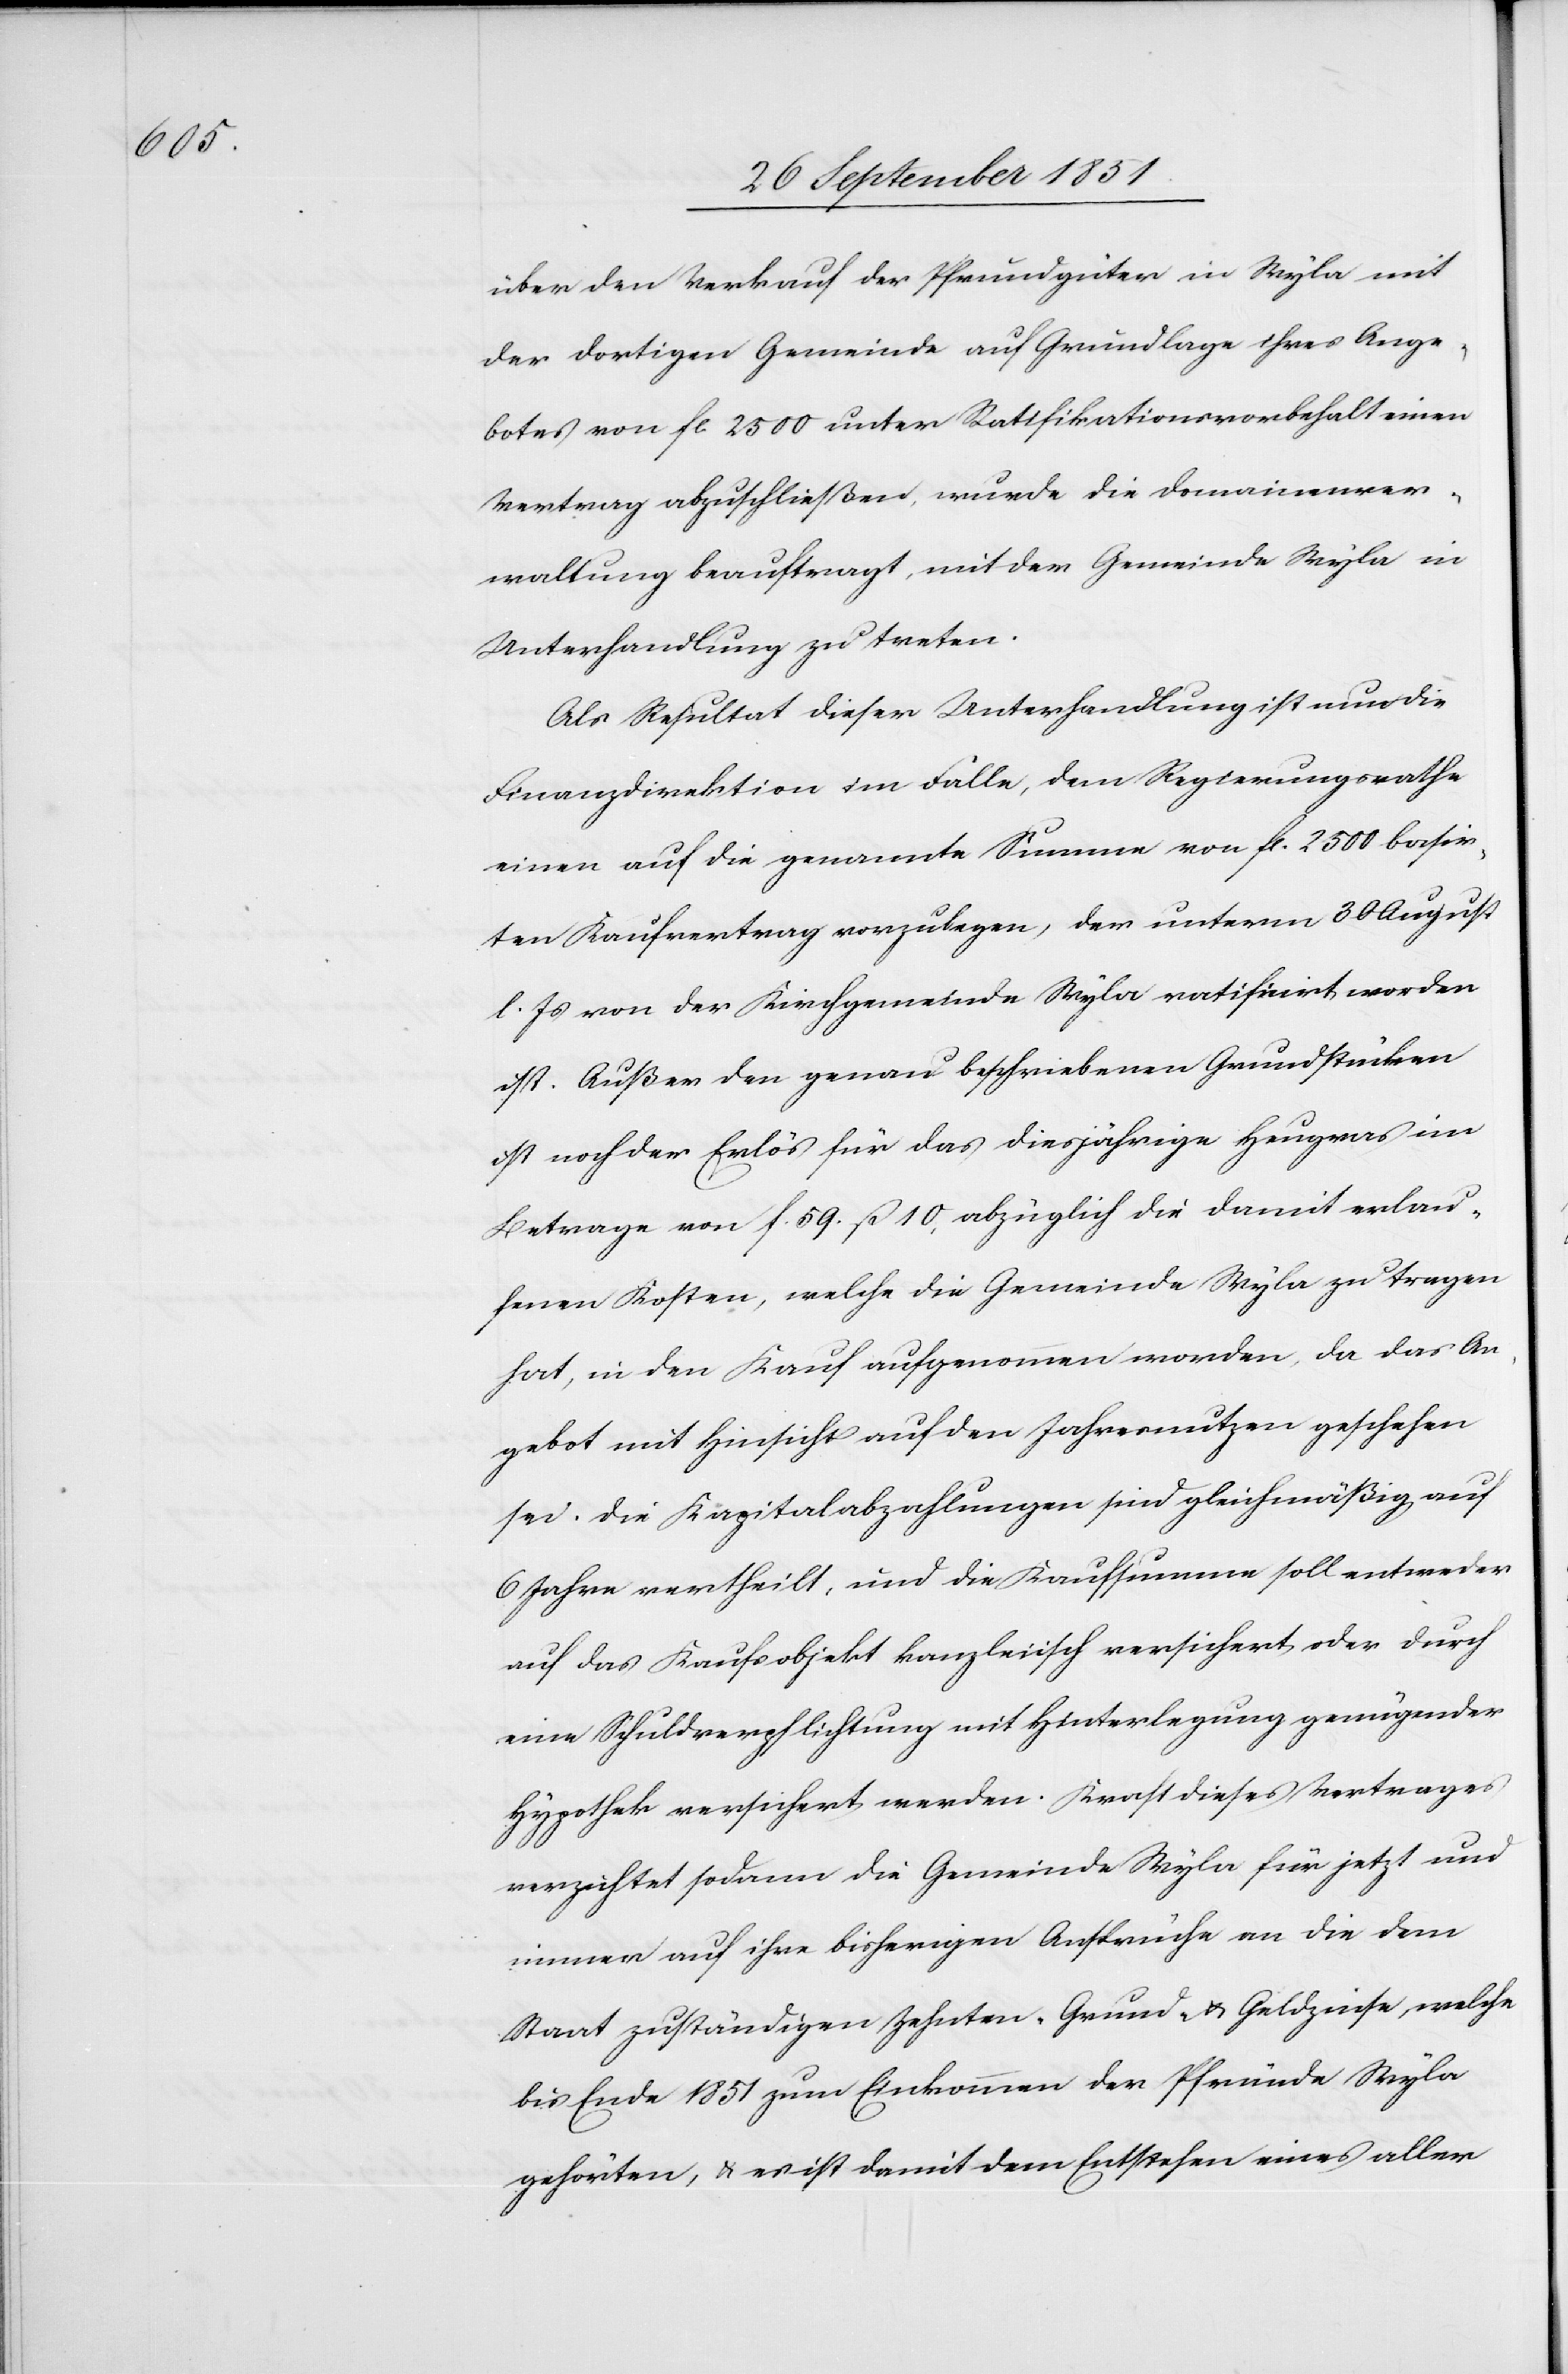
über den Verkauf der Pfrundgüter in Wyla mit
der dortigen Gemeinde auf Grundlage ihres Ange¬
botes von fl. 2500 unter Ratifikationsvorbehalt einen
Vertrag abzuschließen, wurde die Domainenver¬
waltung beauftragt, mit der Gemeinde Wyla in
Unterhandlung zu treten.
Als Resultat dieser Unterhandlung ist nun die
Finanzdirektion im Falle, dem Regierungsrathe
einen auf die genannte Summe von fl. 2500 basir¬
ten Kaufvertrag vorzulegen, der unterm 30 August
l. Js von der Kirchgemeinde Wyla ratificirt worden
ist. Außer den genau beschriebenen Grundstücken
ist noch der Erlös für das diesjährige Heugras im
Betrage von f. 59. ß 10, abzüglich die damit erlau¬
fenen Kosten, welche die Gemeinde Wyla zu tragen
hat, in den Kauf aufgenommen worden, da das An¬
gebot mit Hinsicht auf den Jahresnutzen geschehen
sei. Die Kapitalabzahlungen sind gleichmäßig auf
6 Jahre vertheilt, und die Kaufsumme soll entweder
auf das Kaufsobjekt kanzleiisch versichert oder durch
eine Schuldverpflichtung mit Hinterlegung genügender
Hypothek versichert werden. Kraft dieses Vertrages
verzichtet sodann die Gemeinde Wyla für jetzt und
immer auf ihre bisherigen Ansprüche an die dem
Staat zuständigen Zehnten-[,] Grund- & Geldzinse, welche
bis Ende 1851 zum Einkommen der Pfründe Wyla
gehörten, & es ist damit dem Entstehen eines aller